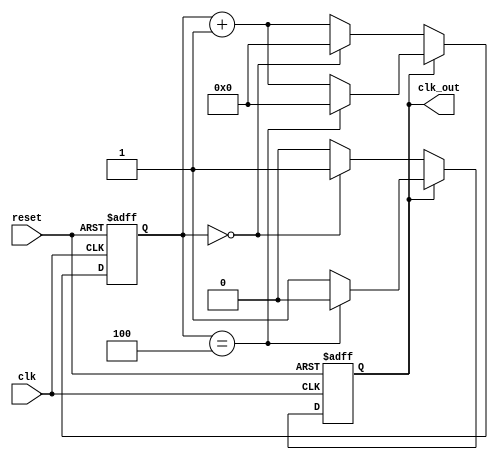
module clk_dmem(clk, reset, clk_out);
input clk;
input reset;
output clk_out;
reg [3:0] count;
reg  pos_or_neg;

parameter rise = 5;
parameter fall = 1;
 
always @(posedge clk, posedge reset) begin
    if(reset) begin
 
		  count<= 0;
        pos_or_neg <=0;
 
		end 
	else  if ( (pos_or_neg ==1) )
	begin
	if ((count == rise-1) )
		begin 
		count <=0;
		pos_or_neg <=0;  	  
		end
	else 
	count <= count+1;
	end
	else  if ( (pos_or_neg ==0) )
	begin
	if ((count == fall-1) )
		begin 
		count <=0;
		pos_or_neg <=1;  	  
		end
	else 
	count <= count+1;
	end
end	
 
assign clk_out = pos_or_neg;
 
endmodule